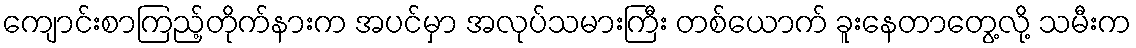
ကျောင်းစာကြည့်တိုက်နားက အပင်မှာ အလုပ်သမားကြီး တစ်ယောက် ခူးနေတာတွေ့လို့ သမီးက